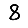
Digit: 8